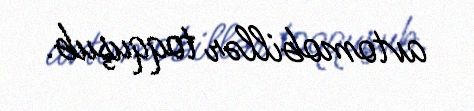
avtomobillər toqquşub.